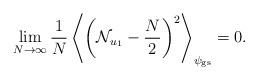
LaTeX: \begin{align*} \lim_{N\to\infty}\frac{1}{N}\left\langle \left (\mathcal{N}_{u_1}-\frac{N}{2}\right)^2\right\rangle_{\psi_\mathrm{gs}}=0.\end{align*}